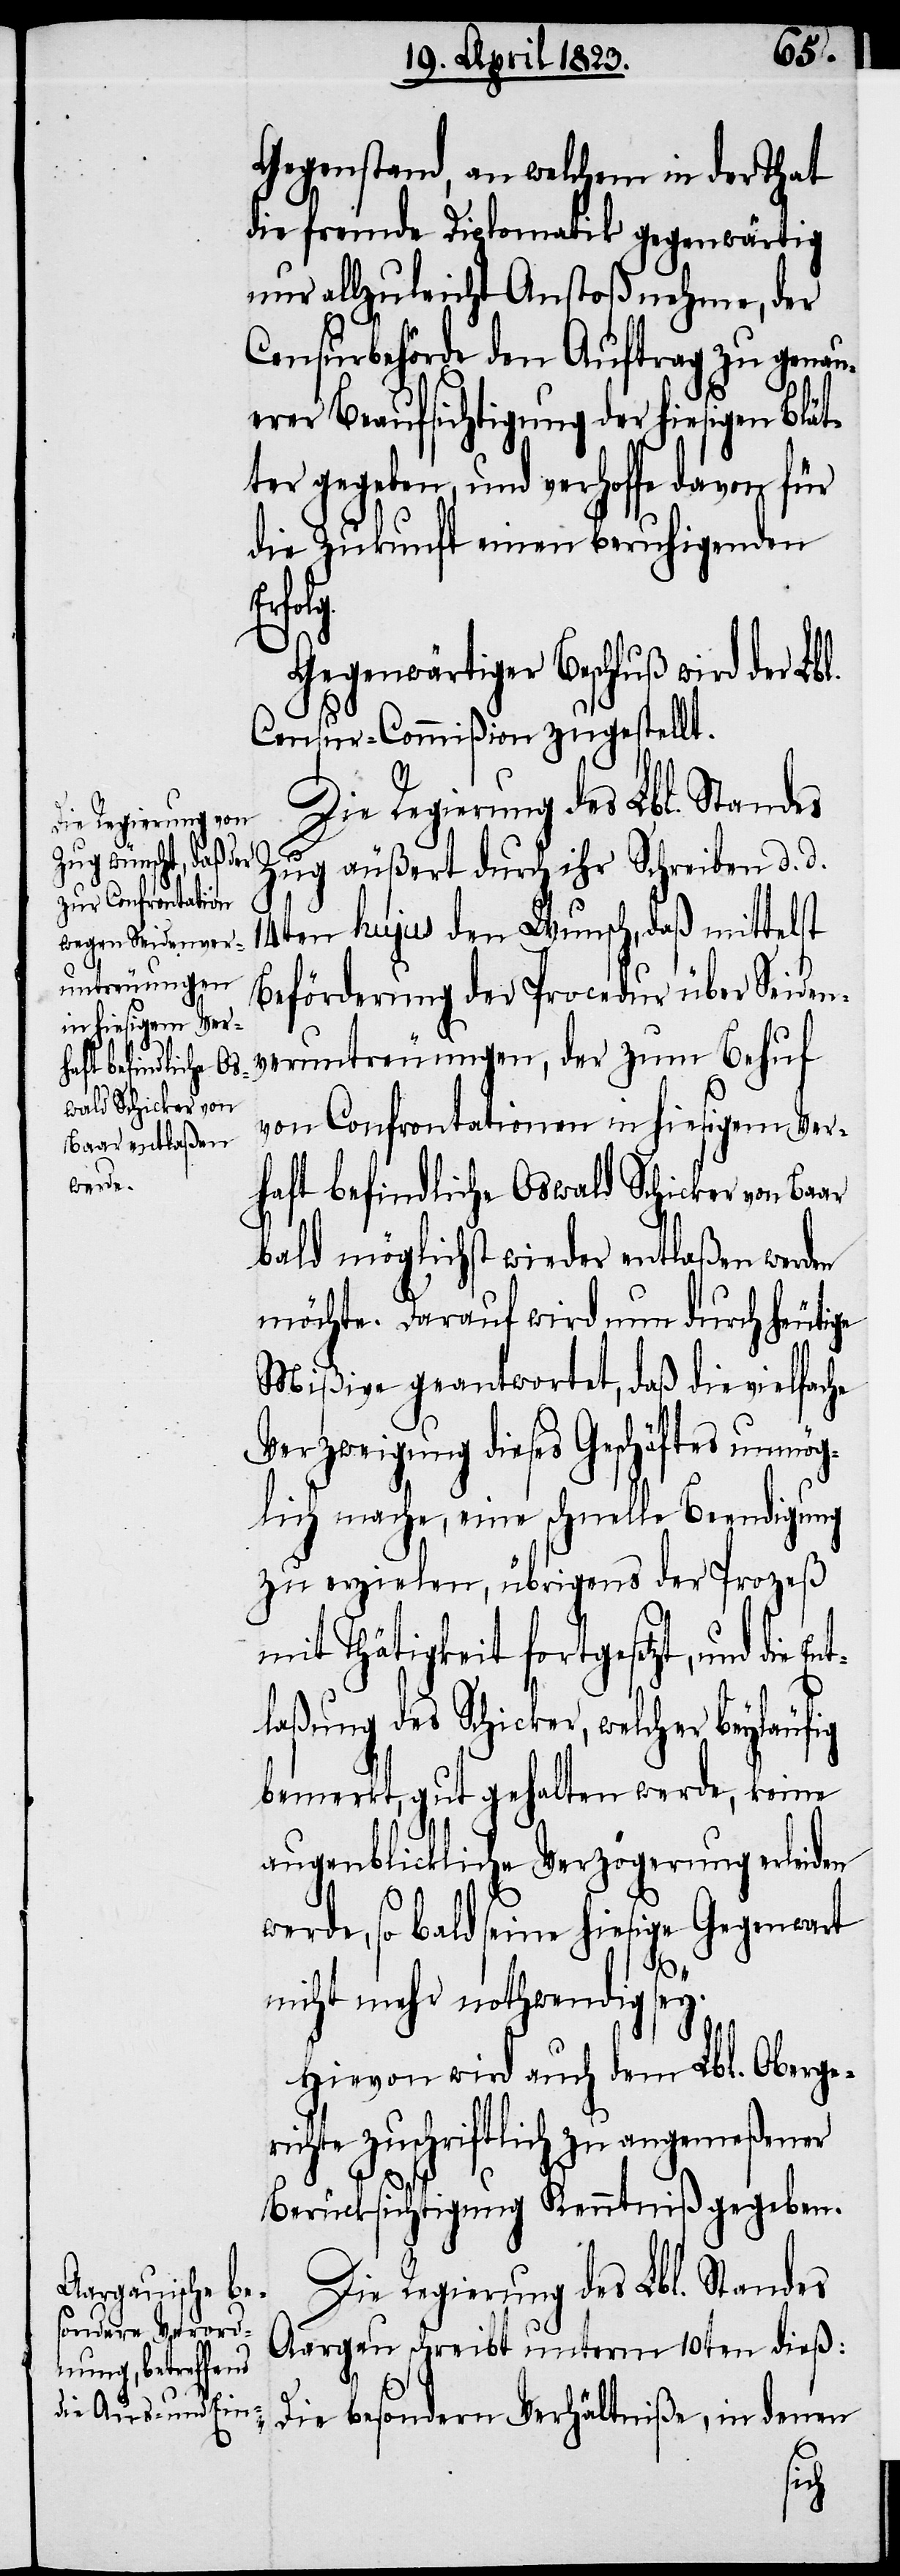
Gegenstand, an welchem in der That
die fremde Diplomatik gegenwärtig
nur allzuleicht Anstoß nehme, der
Censurbehörde den Auftrag zu genau¬
erer Beaufsichtigung der hiesigen Blät¬
ter gegeben, und verhoffe davon für
die Zukunft einen beruhigenden
fig
Gegenwärtiger Beschluß wird der Lbl.
Censur-Commißion zugestellt.
Die Regierung des Lbl. Standes
Zug äußert durch ihr Schreiben d. d.
14ten hujus den Wunsch, daß mittelst
Beförderung der Procedur über Seiden¬
veruntreuungen, der zum Behuf
von Confrontationen in hiesigem Ver¬
haft befindliche Oswald Schicker von Baar
bald möglichst wieder entlaßen werden
möchte. Darauf wird nun durch heutige
Mißive geantwortet, daß die vielfache
Verzweigung dieses Geschäftes unmög¬
lich mache, eine schnelle Beendigung
zu erzielen, übrigens der Prozeß
mit Thätigkeit fortgesetzt, und die
laßung des Schicker, welcher beyläu¬
bemerkt, gut gehalten werde, keine
augenblickliche Verzögerung erleiden
werde, so bald seine hiesige Gegenwart
nicht mehr nothwendig sey.
Hievon wird auch dem Lbl. Oberge¬
richte zuschriftlich zu angemeßener
Berücksichtigung Kenntniß gegeben.
Die Regierung des Lbl. Standes
Aargau schreibt unterm 10ten dieß:
„Die besondern Verhältniße, in denen